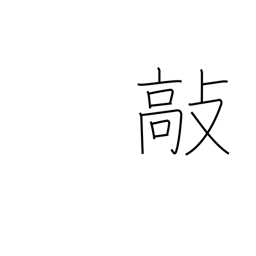
Meaning: beat